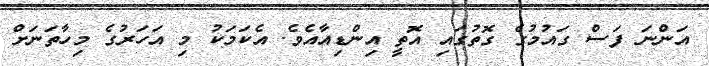
އަންނަ ފަސް ގައުމުގެ ގޮތުގައި އޮތީ އިންޑިއާއެވެ. އެކަމަކު މި އަހަރުގެ މިހާތަނަށް